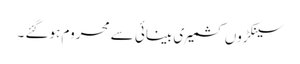
سینکڑوں کشمیری بینائی سے محروم ہوگئے ۔